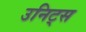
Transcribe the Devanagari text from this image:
उनिट्स